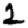
Digit: 2